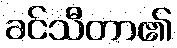
ခင်သီတာ၏